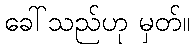
ခေါ်သည်ဟု မှတ်။